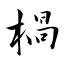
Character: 楇